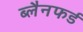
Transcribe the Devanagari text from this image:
ब्लैनफर्ड